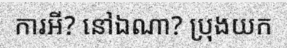
ការអី? នៅឯណា? ប្រុងយក